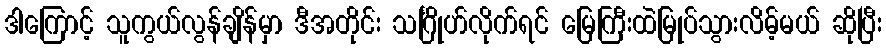
ဒါကြောင့် သူကွယ်လွန်ချိန်မှာ ဒီအတိုင်း သင်္ဂြိုဟ်လိုက်ရင် မြေကြီးထဲမြုပ်သွားလိမ့်မယ် ဆိုပြီး